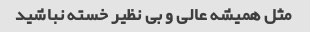
مثل همیشه عالی و بی نظیر خسته نباشید